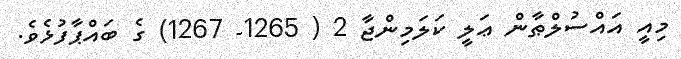
މިއީ އައްސުލްޠާން ޢަލީ ކަލަމިންޖާ 2 ( 1265- 1267) ގެ ބައްޕާފުޅެވެ.